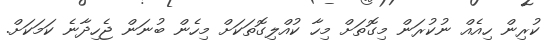
ކުރިން ހިއެއް ނުކުރަން މިގޮތަށް މިހާ ކުއްލިގޮތަކަށް މިހެން ބުނަން ޖެހިދާނެ ކަމަކަށް.